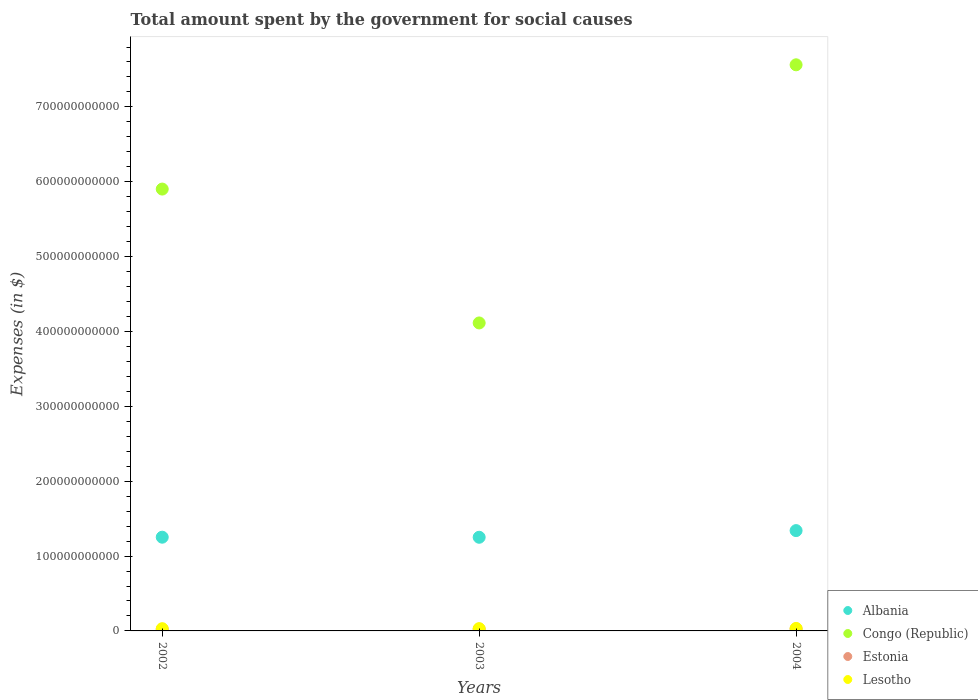
| Years | Albania | Congo (Republic) | Estonia | Lesotho |
 | --- | --- | --- | --- | --- |
 | 2002 | 1.25e+11 | 5.9e+11 | 2.15e+09 | 2.98e+09 |
 | 2003 | 1.25e+11 | 4.11e+11 | 2.4e+09 | 3.04e+09 |
 | 2004 | 1.34e+11 | 7.56e+11 | 2.66e+09 | 3.33e+09 |